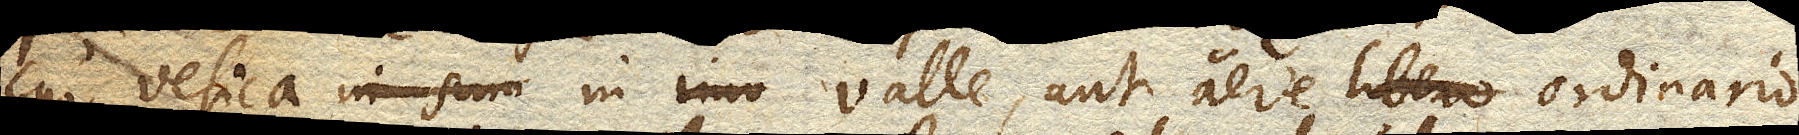
cur vesica in valle, aut aere libero ordinario